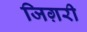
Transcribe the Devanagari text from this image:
जिग़री